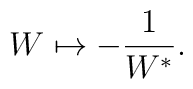
W \mapsto -\frac{1}{W^{*}}.